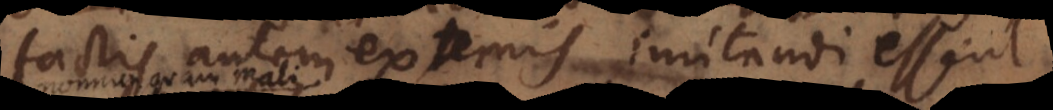
factis autem externis imitandi